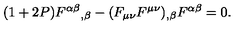
( 1 + 2 P ) { F ^ { \alpha \beta } } _ { , \beta } - ( F _ { \mu \nu } F ^ { \mu \nu } ) _ { , \beta } F ^ { \alpha \beta } = 0 .